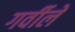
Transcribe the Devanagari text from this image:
गर्वीले